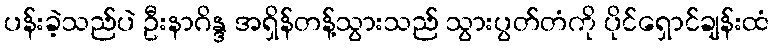
ပန်းခဲ့သည်ပဲ ဦးနာဂိန္ဒ အရှိန်တန့်သွားသည် သွားပွတ်တံကို ပိုင်ရှောင်ချန်းထံ